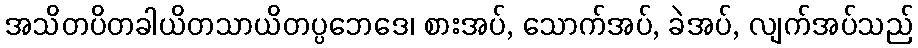
အသိတပိတခါယိတသာယိတပ္ပဘေဒေ၊ စားအပ်, သောက်အပ်, ခဲအပ်, လျက်အပ်သည်